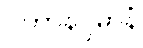
ပဟာနပ္ပဓာနံ